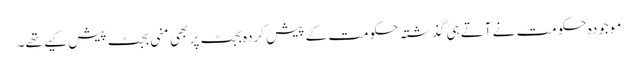
موجودہ حکومت نے آتے ہی گذشتہ حکومت کے پیش کردہ بجٹ پر بھی منی بجٹ پیش کیے تھے۔